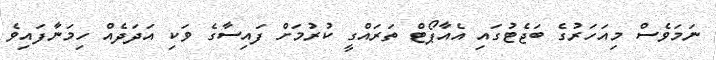
ނަމަވެސް މިއަހަރުގެ ބަޖެޓުގައި އެއާޕޯޓް ތަރައްގީ ކުރުމަށް ފައިސާގެ ވަކި އަދަދެއް ހިމަނާފައިވެ